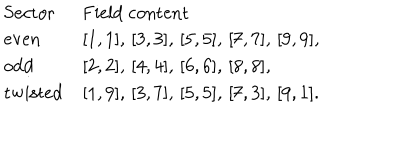
\begin{array} { l l } { { \mathrm { S e c t o r } \ \ } } & { { \mathrm { F i e l d ~ c o n t e n t } } } \\ { { \mathrm { e v e n } } } & { { [ 1 , 1 ] , \, [ 3 , 3 ] , \, [ 5 , 5 ] , \, [ 7 , 7 ] , \, [ 9 , 9 ] , \, } } \\ { { \mathrm { o d d } } } & { { [ 2 , 2 ] , \, [ 4 , 4 ] , \, [ 6 , 6 ] , \, [ 8 , 8 ] , \, } } \\ { { \mathrm { t w i s t e d } } } & { { [ 1 , 9 ] , \, [ 3 , 7 ] , \, [ 5 , 5 ] , \, [ 7 , 3 ] , \, [ 9 , 1 ] . } } \\ \end{array}